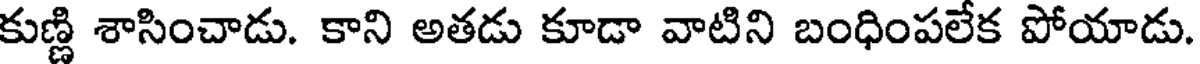
కుణ్ణి శాసించాడు. కాని అతడు కూడా వాటిని బంధింపలేక పోయాడు.